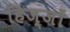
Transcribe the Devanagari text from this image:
हिज्जों